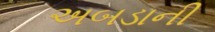
અબડાની